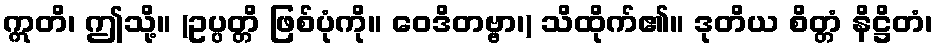
ဣတိ၊ ဤသို့။ (ဥပ္ပတ္တိ ဖြစ်ပုံကို။ ဝေဒိတဗ္ဗာ၊) သိထိုက်၏။ ဒုတိယ စိတ္တံ နိဋ္ဌိတံ၊